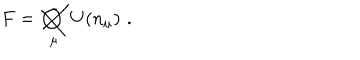
F = \bigotimes _ { \mu } U ( n _ { \mu } ) \, \, .